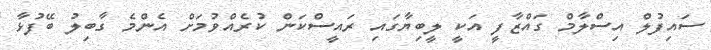
ސައިފުލް އިސްލާމް ގަައްޒާފީ އަކީ ލީބިޔާގަައި ރައީސްކަން ކުރެއްވުމަށް އެންމެ ގާބިލު ބޭފުޅާ